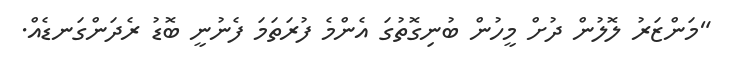
"މަންޒަރު ލޮލުން ދުށް މީހުން ބުނިގޮތުގަ އެންމެ ފުރަތަމަ ފެނުނީ ބޮޑު ރެދަންގަނޑެއް.